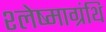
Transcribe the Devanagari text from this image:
श्लेष्माग्रंथि